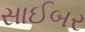
સાઈબર